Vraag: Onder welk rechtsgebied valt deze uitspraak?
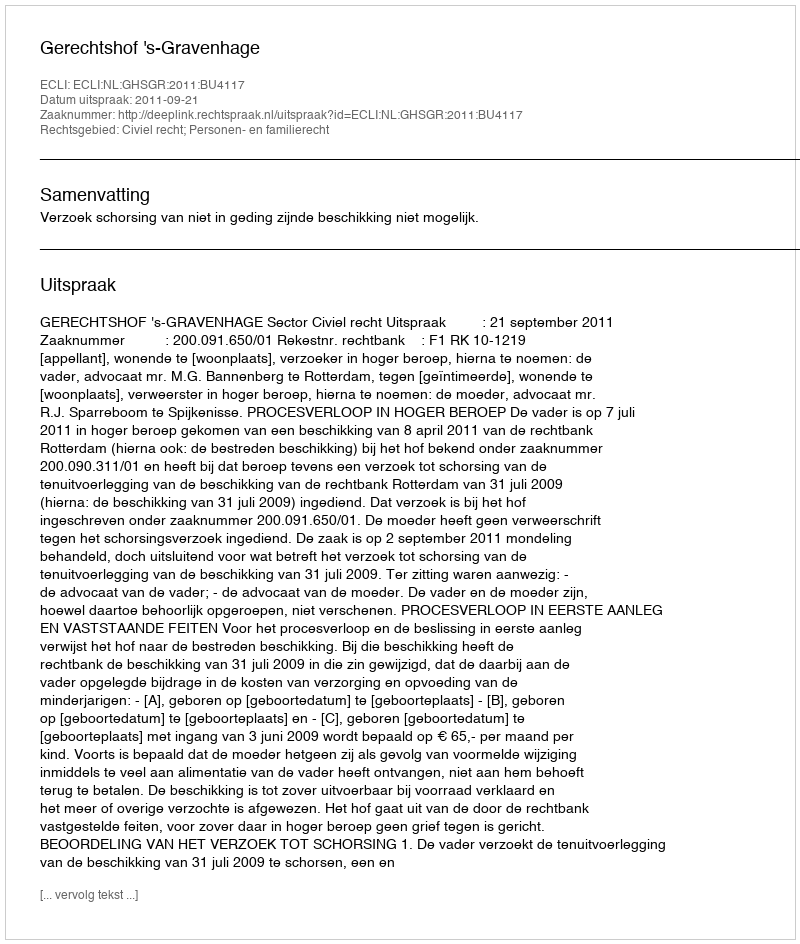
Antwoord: Civiel recht; Personen- en familierecht